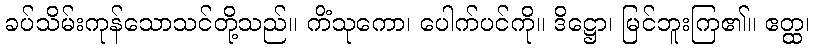
ခပ်သိမ်းကုန်သောသင်တို့သည်။ ကိံသုကော၊ ပေါက်ပင်ကို။ ဒိဋ္ဌော၊ မြင်ဘူးကြ၏။ ဧတ္ထ၊